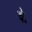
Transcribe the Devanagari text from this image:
वे॰